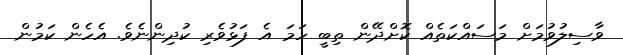
ވާސިލުވުމަށް މަސައްކަތެއް ކޮށްދޭން ތިބީ ހަމަ އެ ފަޅުވެރި ކުދިންނެވެ. އެހެން ކަމުން